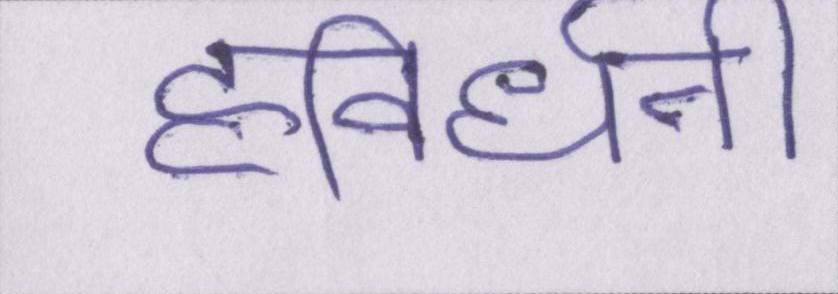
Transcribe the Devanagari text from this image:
हविर्धनी